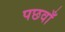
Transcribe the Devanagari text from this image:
पछवाँ